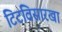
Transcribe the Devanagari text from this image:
टिटविसारखा